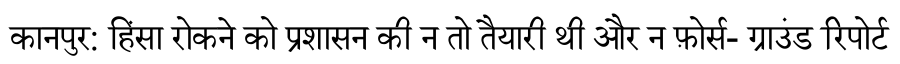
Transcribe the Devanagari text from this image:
कानपुर: हिंसा रोकने को प्रशासन की न तो तैयारी थी और न फ़ोर्स- ग्राउंड रिपोर्ट